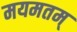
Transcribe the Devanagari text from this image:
मयमतम्